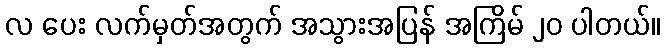
လ ပေး လက်မှတ်အတွက် အသွားအပြန် အကြိမ် ၂၀ ပါတယ်။